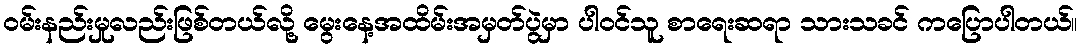
ဝမ်းနည်းမှုလည်းဖြစ်တယ်လို့ မွေးနေ့အထိမ်းအမှတ်ပွဲမှာ ပါဝင်သူ စာရေးဆရာ သားသခင် ကပြောပါတယ်။